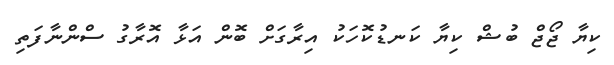
ކިޔާ ޖޯޖް ބުޝް ކިޔާ ކަނޑުކޮހަކު އިރާގަށް ބޮން އަޅާ އޮރާގު ސްންނާފަތި